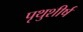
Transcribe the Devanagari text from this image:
पृथुशीर्ष